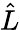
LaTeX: \hat{L}